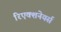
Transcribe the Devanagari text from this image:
रिएक्शनेयर्स